Report of the Imperial Institute of Veterinary Research, Muktesar
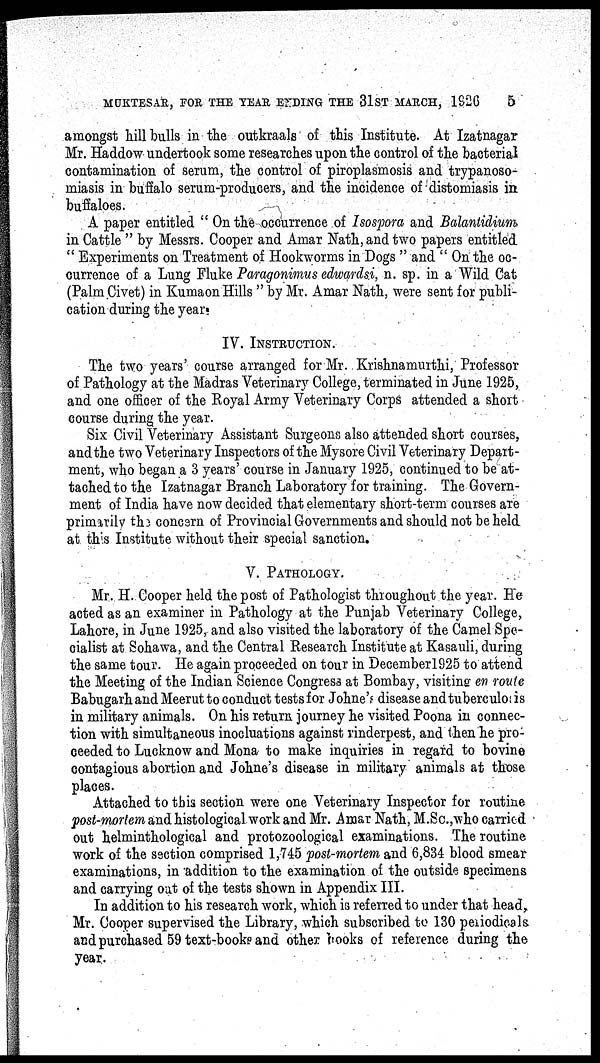
MUKTESAR, FOR THE YEAR ENDING THE 31ST MARCH,
1926
5
amongst hill bulls in the outkraals of this Institute. At Izatnagar
Mr. Haddow undertook some researches upon the control of the bacterial
contamination of serum, the control of piroplasmosis and trypanoso-
miasis in buffalo serum-producers, and the incidence of distomiasis in
buffaloes.
A paper entitled " On the occurrence of Isospora and Balantidium
in Cattle " by Messrs. Cooper and Amar Nath,and two papers entitled
" Experiments on Treatment of Hookworms in Dogs " and " On the oc-
currence of a Lung Fluke Paragonimus edwardsi, n. sp. in a Wild Cat
(Palm Civet) in Kumaon Hills " by Mr. Amar Nath, were sent for publi-
cation during the year.
IV. INSTRUCTION.
The two years' course arranged for Mr. Krishnamurthi, Professor
of Pathology at the Madras Veterinary College, terminated in June 1925,
and one officer of the Royal Army Veterinary Corps attended a short
course during the year.
Six Civil Veterinary Assistant Surgeons also attended short courses,
and the two Veterinary Inspectors of the Mysore Civil Veterinary Depart-
ment, who began a 3 years' course in January 1925, continued to be at-
tached to the Izatnagar Branch Laboratory for training. The Govern-
ment of India have now decided that elementary short-term courses are
primarily the concern of Provincial Governments and should not be held.
at this Institute without their special sanction.
V. PATHOLOGY.
Mr. H. Cooper held the post of Pathologist throughout the year. He
acted as an examiner in Pathology at the Punjab Veterinary College,
Lahore, in June 1925, and also visited the laboratory of the Camel Spe-
cialist at Sohawa, and the Central Research Institute at Kasauli, during
the same tour. He again proceeded on tour in December 1925 to attend
the Meeting of the Indian Science Congress at Bombay, visiting en route
Babugarh and Meerut to conduct tests for Johne's disease and tuberculosis
in military animals. On his return journey he visited Poona in connec-
tion with simultaneous inocluations against rinderpest, and then he pro-
ceeded to Lucknow and Mona to make inquiries in regard to bovine
contagious abortion and Johne's disease in military animals at those
places.
Attached to this section were one Veterinary Inspector for routine
post-mortem and histological work and Mr. Amar Nath, M.Sc.,who carried
out helminthological and protozoological examinations. The routine
work of the section comprised 1,745 post-mortem and 6,834 blood smear
examinations, in addition to the examination of the outside specimens
and carrying out of the tests shown in Appendix III.
In addition to his research work, which is referred to under that head,
Mr. Cooper supervised the Library, which subscribed to 130 periodicals
and purchased 59 text-books and other books of reference during the
year.